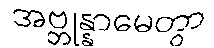
အဗ္ဘုန္နာမေတွာ